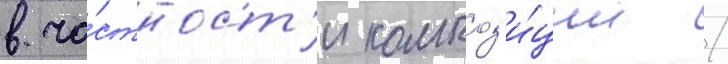
в ча́стност'и композ'и́ции /